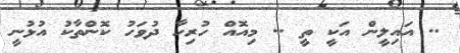
.. އައިލީން އަކީ ތީ .. މިއޮއް ހުރިހާ ދުވަހު ކޮންތާކު އުޅުނީ